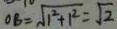
O B = \sqrt { 1 ^ { 2 } + 1 ^ { 2 } } = \sqrt { 2 }